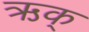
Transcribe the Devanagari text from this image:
ऋक्‌